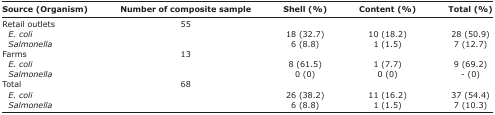
| Source (Organism) | Number of composite sample | Shell (%) | Content (%) | Total (%) |
 | --- | --- | --- | --- | --- |
 | Retail outlets | 55 |  |  |  |
 | E. coli |  | 18 (32.7) | 10 (18.2) | 28 (50.9) |
 | Salmonella |  | 6 (8.8) | 1 (1.5) | 7 (12.7) |
 | Farms | 13 |  |  |  |
 | E. coli |  | 8 (61.5) | 1 (7.7) | 9 (69.2) |
 | Salmonella |  | 0 (0) | 0 (0) | - (0) |
 | Total | 68 |  |  |  |
 | E. coli |  | 26 (38.2) | 11 (16.2) | 37 (54.4) |
 | Salmonella |  | 6 (8.8) | 1 (1.5) | 7 (10.3) |